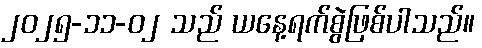
၂၀၂၅-၁၁-၀၂ သည် ယနေ့ရက်စွဲဖြစ်ပါသည်။